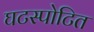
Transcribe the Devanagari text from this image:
घटस्पोटित